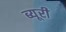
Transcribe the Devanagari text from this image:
ब्यूरी